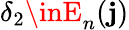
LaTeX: \delta_{2}\inE_{n}(\mathbf{j})